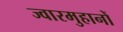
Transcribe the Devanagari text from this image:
ज्वारमुहानों